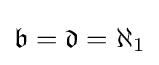
{\mathfrak {b}}={\mathfrak {d}}=\aleph _{1}